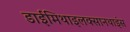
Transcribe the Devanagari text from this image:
डाईमिथाइलक्सानथाइंस